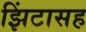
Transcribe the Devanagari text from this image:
झिंटासह